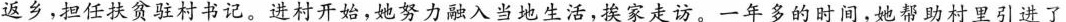
返乡，担任扶贫驻村书记。进村开始，她努力融入当地生活，挨家走访。一年多的时间，她帮助村里引进了